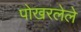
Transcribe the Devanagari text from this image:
पोखरलेले